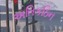
અતિકઠિન